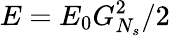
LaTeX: E=E_{0}G_{N_{s}}^{2}/2